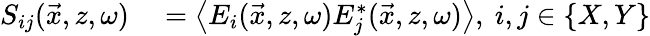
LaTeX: \begin{array}{rl}{S_{ij}(\vec{x},z,\omega)}&{{}=\left\langle E_{i}(\vec{x},z,\omega)E_{j}^{*}(\vec{x},z,\omega)\right\rangle,~i,j\in\{ X,Y\} }\end{array}